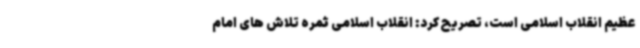
عظیم انقلاب اسلامی است، تصریح کرد: انقلاب اسلامی ثمره تلاش های امام